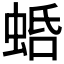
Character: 𧋣